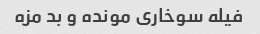
فیله سوخاری مونده و بد مزه